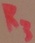
Text: R3